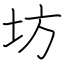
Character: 坊